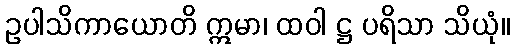
ဥပါသိကာယောတိ ဣမာ၊ ထဝါ ဋ္ဌ ပရိသာ သိယုံ။